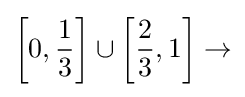
\left[0,{\frac {1}{3}}\right]\cup \left[{\frac {2}{3}},1\right]\to